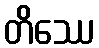
တိဿေ